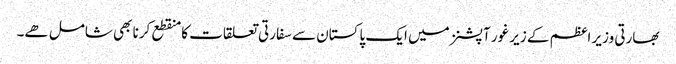
بھارتی وزیر اعظم کے زیر غور آپشنز میں ایک پاکستان سے سفارتی تعلقات کا منقطع کرنا بھی شامل ھے۔